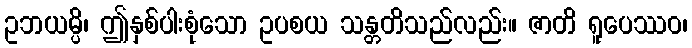
ဥဘယမ္ပိ၊ ဤနှစ်ပါးစုံသော ဥပစယ သန္တတိသည်လည်း။ ဇာတိ ရူပေဿဝ၊